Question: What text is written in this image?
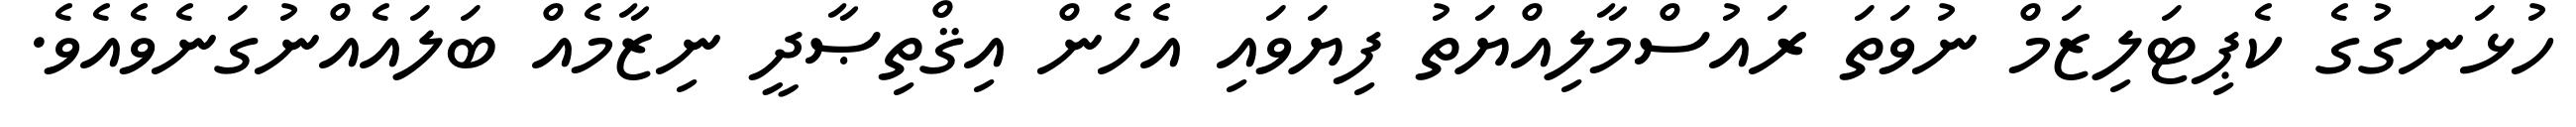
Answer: ހުޅަނގުގެ ކެޕިޓަލިޒަމް ނުވަތަ ރައުސްމާލިއްޔަތު ފިޔަވައި އެހެން އިޤްތިޞާދީ ނިޒާމެއް ބަލައެއްނުގަނެވެއެވެ.